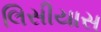
લિસીયાસ